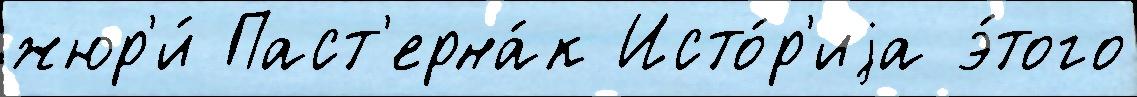
жюр'и́ Паст'ерна́к Исто́р'иjа э́того